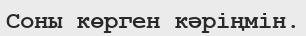
Соны көрген кәріңмін.